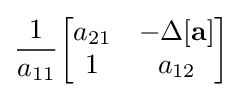
{\frac {1}{a_{11}}}{\begin{bmatrix}a_{21}&-\Delta \mathbf {[a]} \\1&a_{12}\end{bmatrix}}